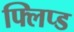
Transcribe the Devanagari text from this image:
फ्लिप्ड